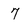
Character: 7